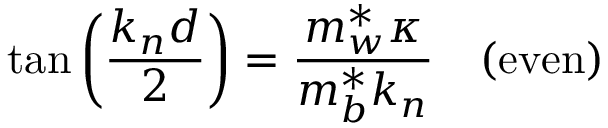
\tan \left( { \frac { k _ { n } d } { 2 } } \right) = { \frac { m _ { w } ^ { * } \kappa } { m _ { b } ^ { * } k _ { n } } } \quad { \mathrm { ( e v e n ) } }